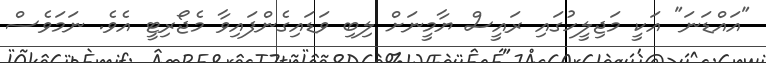
"އައްޑަނަ" އަކީ މަޖިލީހުގައި ރައީސް ޔާމީނަށް ލިބި ވަޑައިގެންފައިވާ މެޖޯރިޓީ އެވެ. ނަމަވެސް